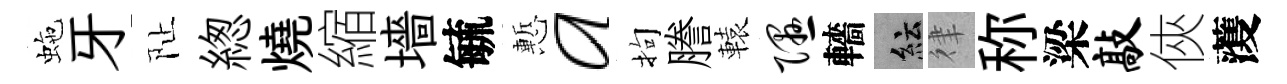
虵牙阯緫燒縮墻毓慙a拘謄轅隰轖紜律称梁敲俠𮑮